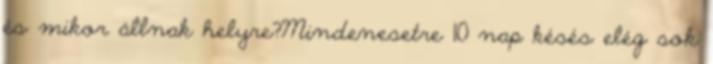
és mikor állnak helyre?Mindenesetre 10 nap késés elég sok